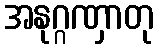
အနုဂ္ဂဏှာတု